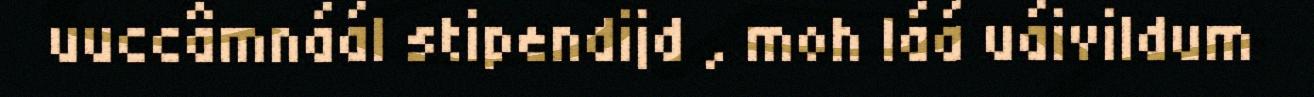
uuccâmnáál stipendijd , moh láá uáivildum